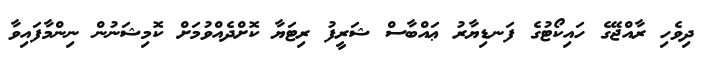
ދިވެހި ރާއްޖޭގެ ހައިކޯޓުގެ ފަނޑިޔާރު ޢައްބާސް ޝަރީފު ރިޓަޔާ ކޮށްދެއްވުމަށް ކޮމިޝަނުން ނިންމާފައިވާ